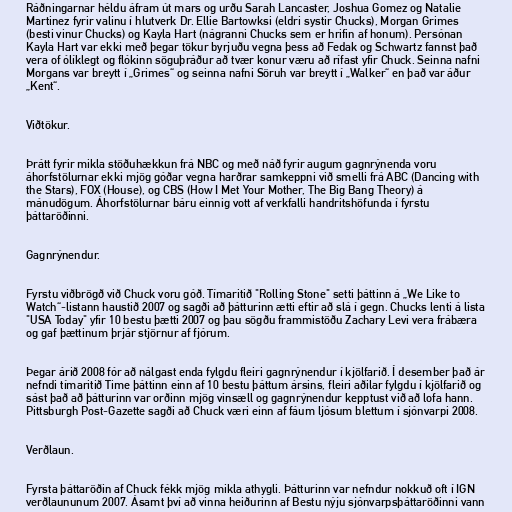
Ráðningarnar héldu áfram út mars og urðu Sarah Lancaster, Joshua Gomez og Natalie
Martinez fyrir valinu í hlutverk Dr. Ellie Bartowksi (eldri systir Chucks), Morgan Grimes
(besti vinur Chucks) og Kayla Hart (nágranni Chucks sem er hrifin af honum). Persónan
Kayla Hart var ekki með þegar tökur byrjuðu vegna þess að Fedak og Schwartz fannst það
vera of ólíklegt og flókinn söguþráður að tvær konur væru að rífast yfir Chuck. Seinna nafni
Morgans var breytt í „Grimes“ og seinna nafni Söruh var breytt í „Walker“ en það var áður
„Kent“.

Viðtökur.

Þrátt fyrir mikla stöðuhækkun frá NBC og með náð fyrir augum gagnrýnenda voru
áhorfstölurnar ekki mjög góðar vegna harðrar samkeppni við smelli frá ABC (Dancing with
the Stars), FOX (House), og CBS (How I Met Your Mother, The Big Bang Theory) á
mánudögum. Áhorfstölurnar báru einnig vott af verkfalli handritshöfunda í fyrstu
þáttaröðinni.

Gagnrýnendur.

Fyrstu viðbrögð við Chuck voru góð. Tímaritið "Rolling Stone" setti þáttinn á „We Like to
Watch“-listann haustið 2007 og sagði að þátturinn ætti eftir að slá í gegn. Chucks lenti á lista
"USA Today" yfir 10 bestu þætti 2007 og þau sögðu frammistöðu Zachary Levi vera frábæra
og gaf þættinum þrjár stjörnur af fjórum.

Þegar árið 2008 fór að nálgast enda fylgdu fleiri gagnrýnendur í kjölfarið. Í desember það ár
nefndi tímaritið Time þáttinn einn af 10 bestu þáttum ársins, fleiri aðilar fylgdu í kjölfarið og
sást það að þátturinn var orðinn mjög vinsæll og gagnrýnendur kepptust við að lofa hann.
Pittsburgh Post-Gazette sagði að Chuck væri einn af fáum ljósum blettum í sjónvarpi 2008.

Verðlaun.

Fyrsta þáttaröðin af Chuck fékk mjög mikla athygli. Þátturinn var nefndur nokkuð oft í IGN
verðlaununum 2007. Ásamt því að vinna heiðurinn af Bestu nýju sjónvarpsþáttaröðinni vann